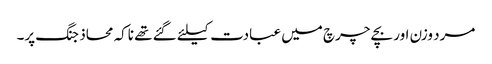
مرد وزن اور بچے چرچ میں عبادت کیلئے گئے تھے ناکہ محاذ جنگ پر۔